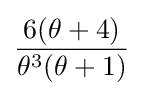
{\frac {6(\theta +4)}{\theta ^{3}(\theta +1)}}